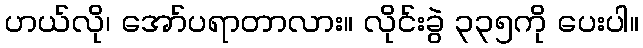
ဟယ်လို၊ အော်ပရာတာလား။ လိုင်းခွဲ ၃၃၅ကို ပေးပါ။